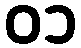
၀၁